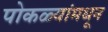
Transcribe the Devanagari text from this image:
पोकळ्यांमधून